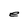
Character: e